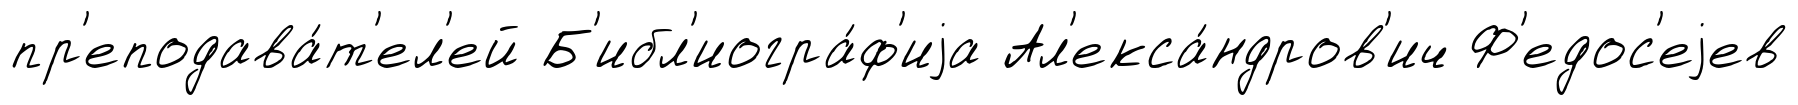
пр'еподава́т'ел'ей Б'ибл'иогра́ф'иjа Ал'екса́ндров'ич Ф'едос'еjев